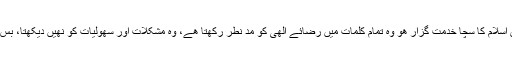
بہر کیف جو شخص اسلام کا سچا خدمت گزار ھو وہ تمام کلمات میں رضائے الھٰی کو مد نطر رکھتا ھے، وہ مشکلات اور سھولیات کو نھیں دیکھتا، بس کام کرتا جاتا ھے۔